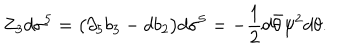
Z _ { 3 } d \sigma ^ { 5 } = \big ( \partial _ { 5 } b _ { 3 } - d b _ { 2 } \big ) d \sigma ^ { 5 } = - { \frac { 1 } { 2 } } d \bar { \theta } \psi ^ { 2 } d \theta .